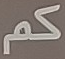
كم